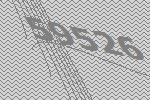
59526